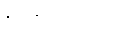
ဗဟုကေဟိ